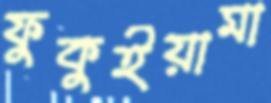
ফুকুইয়ামা